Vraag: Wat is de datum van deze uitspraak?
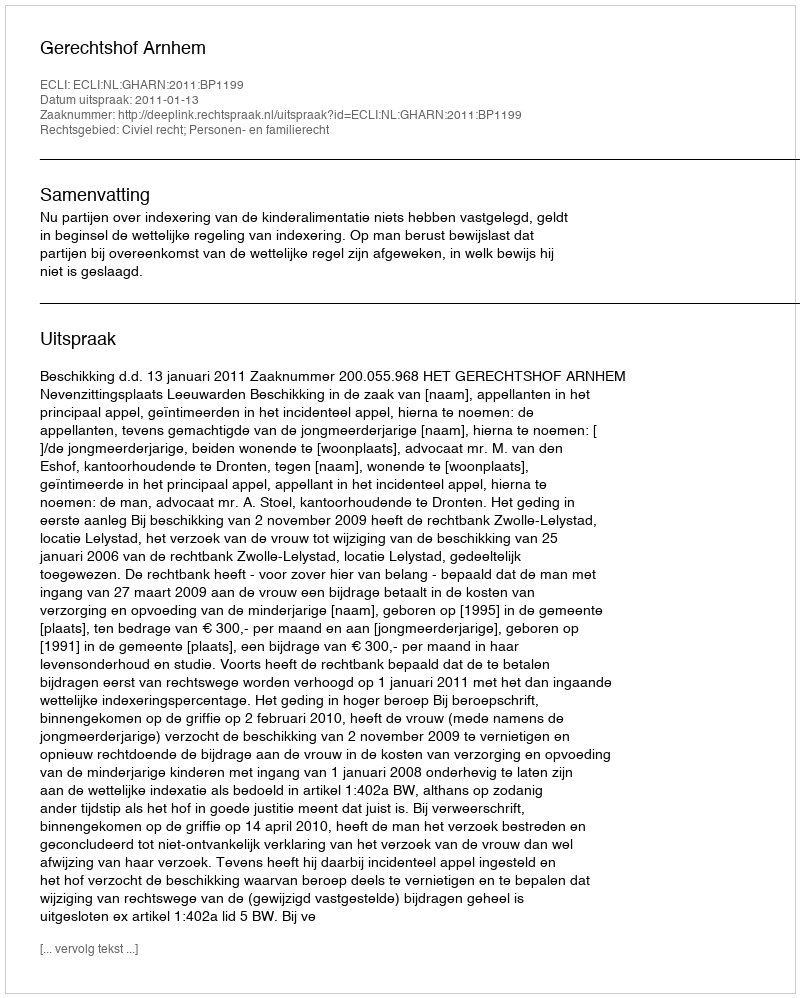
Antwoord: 2011-01-13